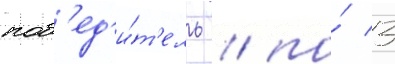
поб'ед'и́т'ель / по́ 3